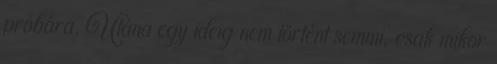
próbára. Utána egy ideig nem történt semmi, csak mikor